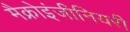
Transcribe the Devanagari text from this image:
मैक्रोइंजीनियरी